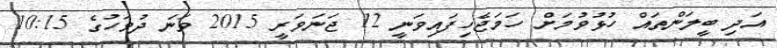
އަދި ބީލަންތައް ހުޅުވުމަށް ހަމަޖެހިފައިވަނީ 12 ޖަނަވަރީ 2015 ވަނަ ދުވަހުގެ 10:15